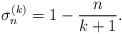
LaTeX: \begin{align*}\sigma_n^{(k)} = 1 - \frac{n}{k+1}.\end{align*}